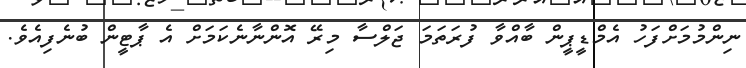
ނިންމުމަށްފަހު އެމްޑީޕީން ބާއްވާ ފުރަތަމަ ޖަލްސާ މިރޭ އޮންނާނެކަމަށް އެ ޕާޓީން ބުނެފިއެވެ.